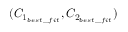
( C _ { 1 _ { b e s t \_ f i t } } , C _ { 2 _ { b e s t \_ f i t } } )